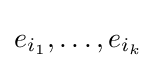
e_{i_{1}},\ldots ,e_{i_{k}}